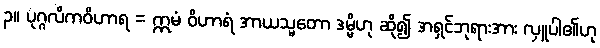
၃။ ပုဂ္ဂလိကဝိဟာရ = ဣမံ ဝိဟာရံ အာယသ္မတော ဒမ္မိဟု ဆို၍ အရှင်ဘုရားအား လှူပါ၏ဟု